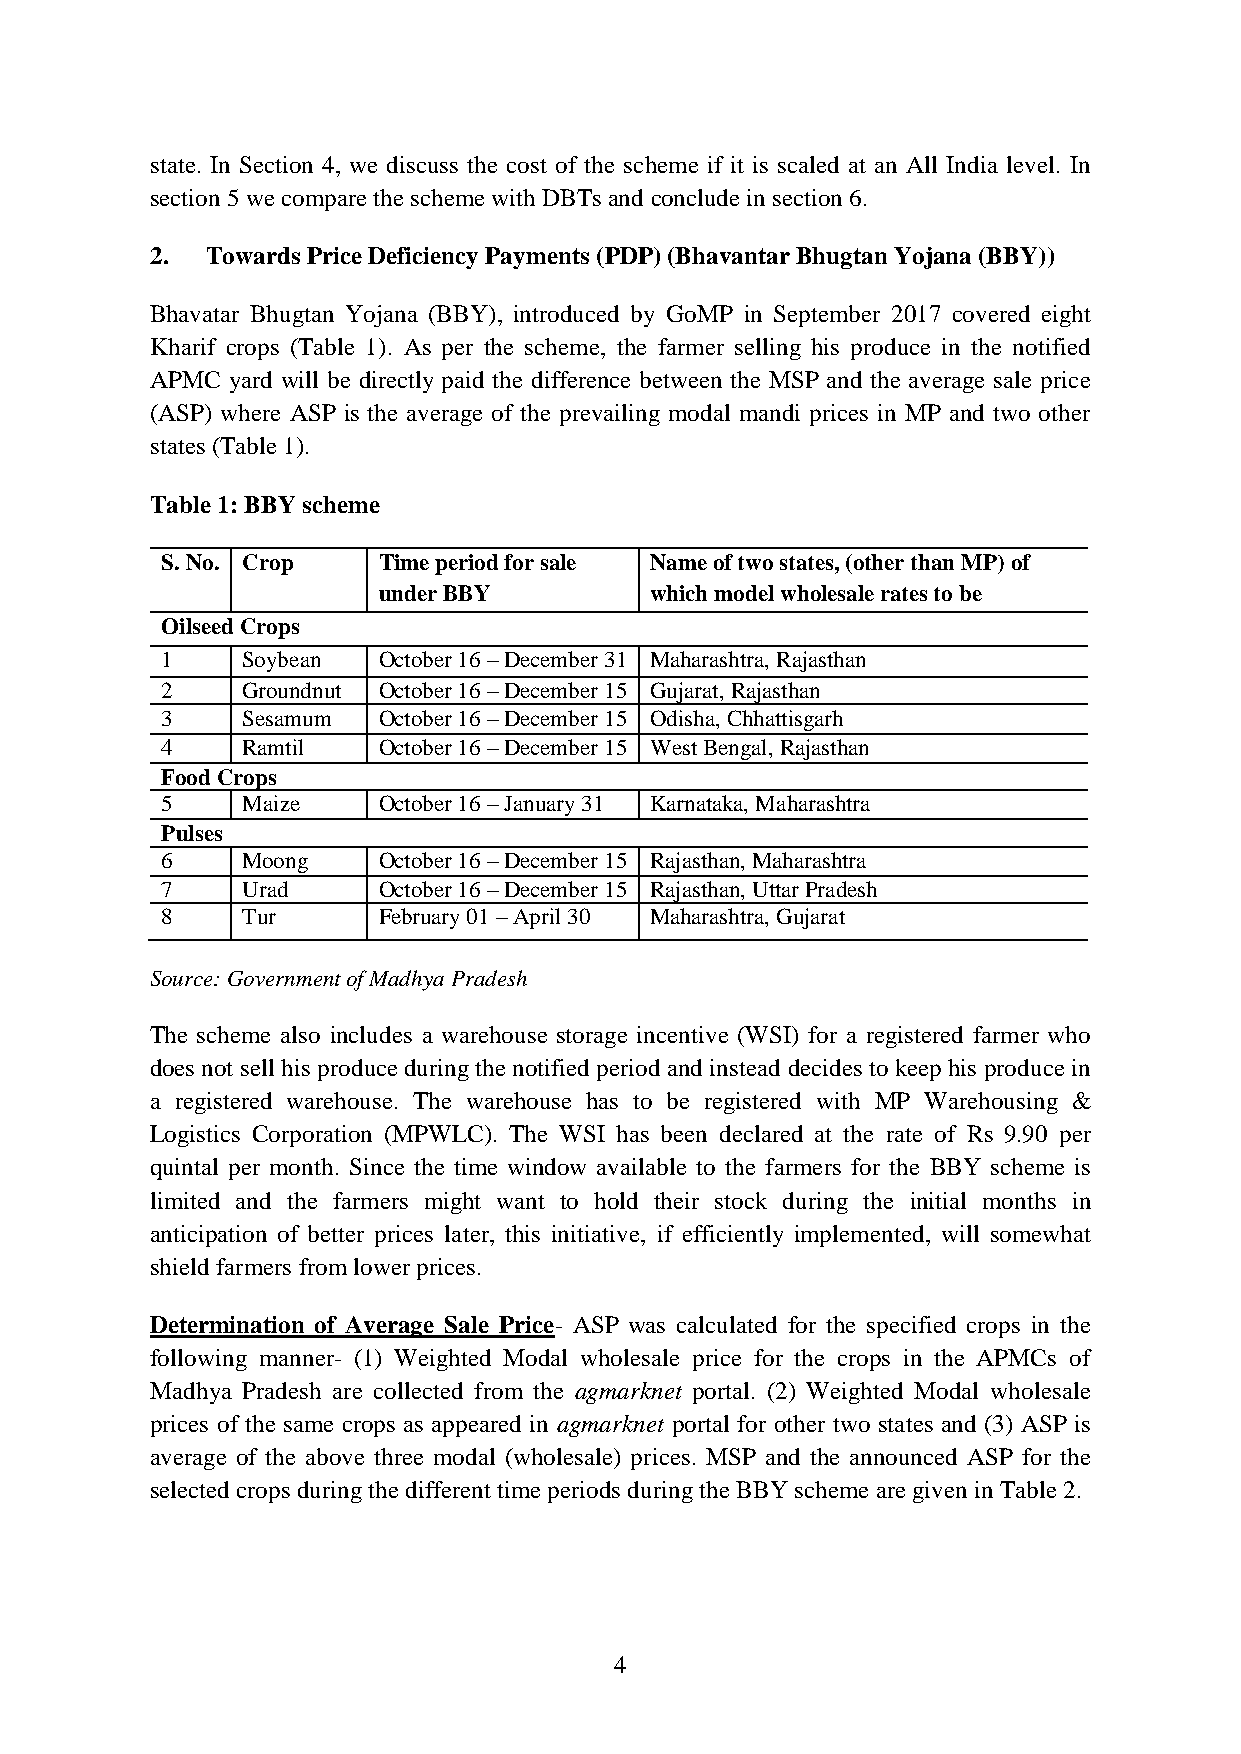
state. In Section 4, we discuss the cost of the scheme if it is scaled at an All India level. In
 section 5 we compare the scheme with DBTs and conclude in section 6.
 2.  Towards Price Deficiency Payments (PDP) (Bhavantar Bhugtan Yojana (BBY))
 Bhavatar Bhugtan Yojana (BBY), introduced by GoMP in September 2017 covered eight
 Kharif crops (Table 1). As per the scheme, the farmer selling his produce in the notified
 APMC yard will be directly paid the difference between the MSP and the average sale price
 (ASP) where ASP is the average of the prevailing modal mandi prices in MP and two other
 states (Table 1).
 Table 1: BBY scheme
 S. No. Crop   Time period for sale Name of two states, (other than MP) of
 under BBY         which model wholesale rates to be
 Oilseed Crops                   considered
 1    Soybean  October 16 – December 31 Maharashtra, Rajasthan
 2    Groundnut October 16 – December 15 Gujarat, Rajasthan
 3    Sesamum  October 16 – December 15 Odisha, Chhattisgarh
 4    Ramtil   October 16 – December 15 West Bengal, Rajasthan
 Food Crops
 5    Maize    October 16 – January 31 Karnataka, Maharashtra
 Pulses
 6    Moong    October 16 – December 15 Rajasthan, Maharashtra
 7    Urad     October 16 – December 15 Rajasthan, Uttar Pradesh
 8    Tur      February 01 – April 30 Maharashtra, Gujarat
 Source: Government of Madhya Pradesh
 The scheme also includes a warehouse storage incentive (WSI) for a registered farmer who
 does not sell his produce during the notified period and instead decides to keep his produce in
 a registered warehouse. The warehouse has to be registered with MP Warehousing &
 Logistics Corporation (MPWLC). The WSI has been declared at the rate of Rs 9.90 per
 quintal per month. Since the time window available to the farmers for the BBY scheme is
 limited and the farmers might want to hold their stock during the initial months in
 anticipation of better prices later, this initiative, if efficiently implemented, will somewhat
 shield farmers from lower prices.
 Determination of Average Sale Price- ASP was calculated for the specified crops in the
 following manner- (1) Weighted Modal wholesale price for the crops in the APMCs of
 Madhya Pradesh are collected from the agmarknet portal. (2) Weighted Modal wholesale
 prices of the same crops as appeared in agmarknet portal for other two states and (3) ASP is
 average of the above three modal (wholesale) prices. MSP and the announced ASP for the
 selected crops during the different time periods during the BBY scheme are given in Table 2.
 4